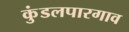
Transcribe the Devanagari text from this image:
कुंडलपारगाव